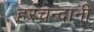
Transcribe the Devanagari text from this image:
हरचन्दानी